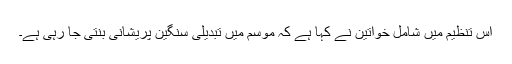
اس تنظیم میں شامل خواتین نے کہا ہے کہ موسم میں تبدیلی سنگین پریشانی بنتی جا رہی ہے۔